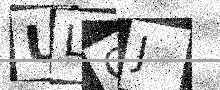
Text: ULCJ